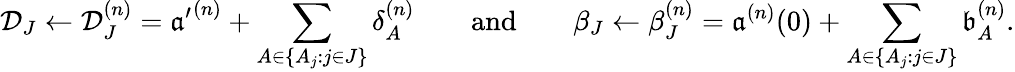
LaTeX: \mathcal D_{J}\leftarrow\mathcal D_{J}^{(n)}={\mathfrak a^{\prime}}^{(n)}+\sum_{A\in\{ A_{j}:j\in J\} }\delta_{A}^{(n)}\qquad\mathrm{and}\qquad\beta_{J}\leftarrow\beta_{J}^{(n)}={\mathfrak a}^{(n)}(0)+\sum_{A\in\{ A_{j}:j\in J\} }\mathfrak b_{A}^{(n)}.